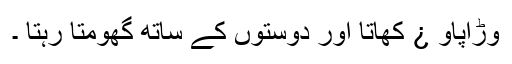
وڑاپاو ¿ کھاتا اور دوستوں کے ساتھ گھومتا رہتا ۔